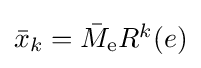
\textstyle {\bar {x}}_{k}={\bar {M}}_{\mathrm {e} }R^{k}(e)